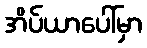
အိပ်ယာပေါ်မှာ